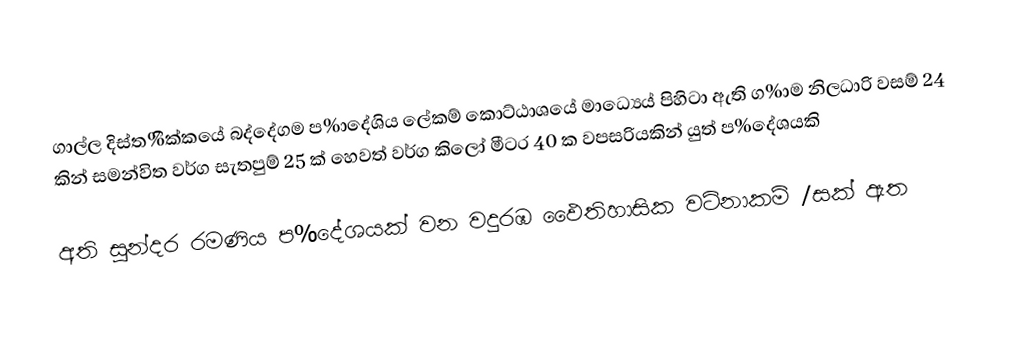
ගාල්ල දිස්ත%ික්කයේ බද්දේගම ප%ාදේශිය ලේකම් කොට්ඨාශයේ මාධ්‍යෙය් පිහිටා ඇති ග%ාම නිලධාරි වසම් 24 කින් සමන්විත වර්ග සැතපුම් 25 ක් හෙවත් වර්ග කිලෝ මීටර 40 ක වපසරියකින් යුත් ප%දේශයකි

අති සුන්දර රමණිය ප%දේශයක් වන වදුරඹ ඵෛතිහාසික වටිනාකම් /සක් ඇත